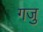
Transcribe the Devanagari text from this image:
गजु